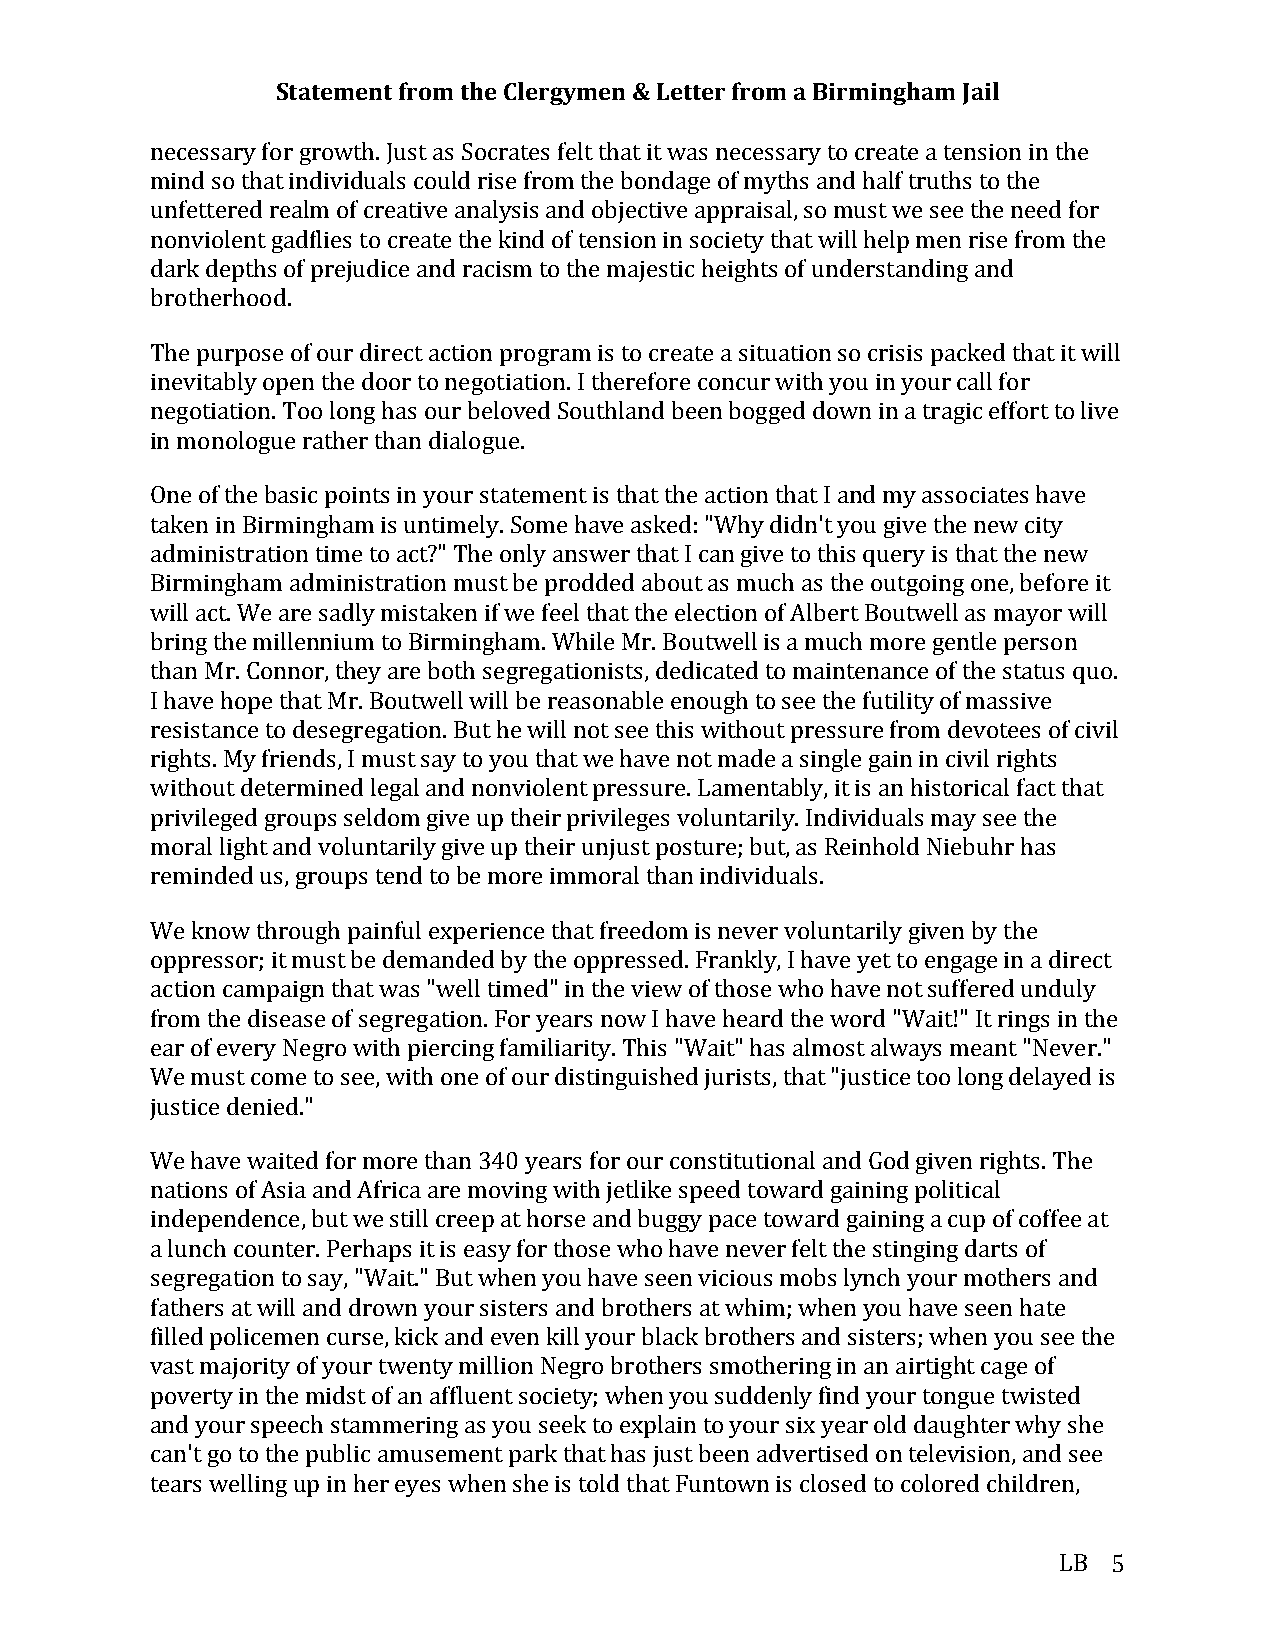
Statement from the Clergymen & Letter from a Birmingham Jail
 necessary for growth. Just as Socrates felt that it was necessary to create a tension in the
 mind so that individuals could rise from the bondage of myths and half truths to the
 unfettered realm of creative analysis and objective appraisal, so must we see the need for
 nonviolent gadflies to create the kind of tension in society that will help men rise from the
 dark depths of prejudice and racism to the majestic heights of understanding and
 brotherhood.
 The purpose of our direct action program is to create a situation so crisis packed that it will
 inevitably open the door to negotiation. I therefore concur with you in your call for
 negotiation. Too long has our beloved Southland been bogged down in a tragic effort to live
 in monologue rather than dialogue.
 One of the basic points in your statement is that the action that I and my associates have
 taken in Birmingham is untimely. Some have asked: "Why didn't you give the new city
 administration time to act?" The only answer that I can give to this query is that the new
 Birmingham administration must be prodded about as much as the outgoing one, before it
 will act. We are sadly mistaken if we feel that the election of Albert Boutwell as mayor will
 bring the millennium to Birmingham. While Mr. Boutwell is a much more gentle person
 than Mr. Connor, they are both segregationists, dedicated to maintenance of the status quo.
 I have hope that Mr. Boutwell will be reasonable enough to see the futility of massive
 resistance to desegregation. But he will not see this without pressure from devotees of civil
 rights. My friends, I must say to you that we have not made a single gain in civil rights
 without determined legal and nonviolent pressure. Lamentably, it is an historical fact that
 privileged groups seldom give up their privileges voluntarily. Individuals may see the
 moral light and voluntarily give up their unjust posture; but, as Reinhold Niebuhr has
 reminded us, groups tend to be more immoral than individuals.
 We know through painful experience that freedom is never voluntarily given by the
 oppressor; it must be demanded by the oppressed. Frankly, I have yet to engage in a direct
 action campaign that was "well timed" in the view of those who have not suffered unduly
 from the disease of segregation. For years now I have heard the word "Wait!" It rings in the
 ear of every Negro with piercing familiarity. This "Wait" has almost always meant "Never."
 We must come to see, with one of our distinguished jurists, that "justice too long delayed is
 justice denied."
 We have waited for more than 340 years for our constitutional and God given rights. The
 nations of Asia and Africa are moving with jetlike speed toward gaining political
 independence, but we still creep at horse and buggy pace toward gaining a cup of coffee at
 a lunch counter. Perhaps it is easy for those who have never felt the stinging darts of
 segregation to say, "Wait." But when you have seen vicious mobs lynch your mothers and
 fathers at will and drown your sisters and brothers at whim; when you have seen hate
 filled policemen curse, kick and even kill your black brothers and sisters; when you see the
 vast majority of your twenty million Negro brothers smothering in an airtight cage of
 poverty in the midst of an affluent society; when you suddenly find your tongue twisted
 and your speech stammering as you seek to explain to your six year old daughter why she
 can't go to the public amusement park that has just been advertised on television, and see
 tears welling up in her eyes when she is told that Funtown is closed to colored children,
 LB  5